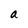
Character: a